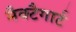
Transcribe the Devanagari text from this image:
मैक्टैगार्ट